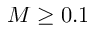
M \ge 0 . 1